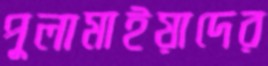
পুলামাইয়াদের